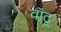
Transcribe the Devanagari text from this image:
वांटू